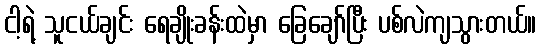
ငါ့ရဲ့ သူငယ်ချင်း ရေချိုးခန်းထဲမှာ ခြေချော်ပြီး ပစ်လဲကျသွားတယ်။